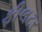
ફીલટર